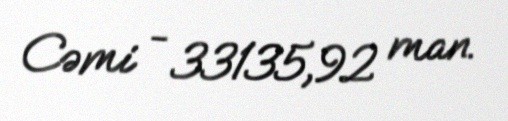
Cəmi - 33135,92 man.